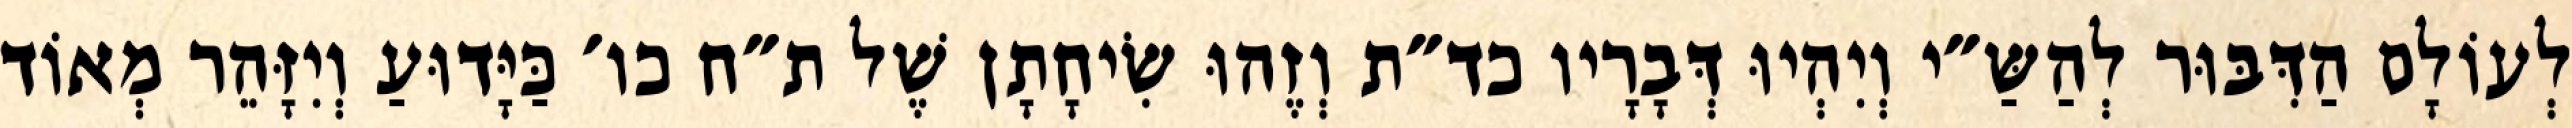
לְעוֹלָם הַדִּבּוּר לְהַשַּ״י וְיִהְיוּ דְּבָרָיו כד״ת וְזֶהוּ שִׂיחָתָן שֶׁל ת״ח כו׳ כַּיָּדוּעַ וְיִזָּהֵר מְאוֹד